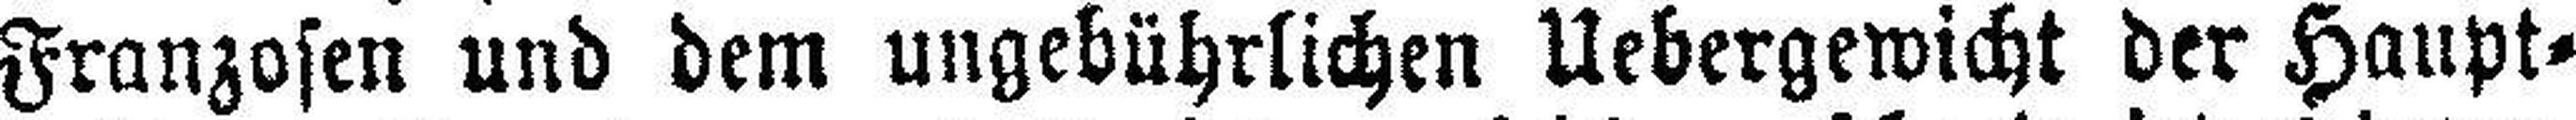
Franzosen und dem ungebührlichen Uebergewicht der Haupt¬